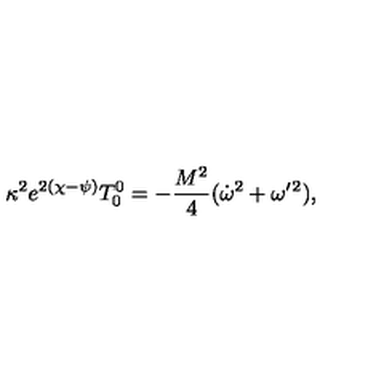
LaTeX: \kappa ^ { 2 } e ^ { 2 ( \chi - \psi ) } T _ { 0 } ^ { 0 } = - \frac { M ^ { 2 } } 4 ( \dot { \omega } ^ { 2 } + \omega ^ { \prime } { } ^ { 2 } ) ,